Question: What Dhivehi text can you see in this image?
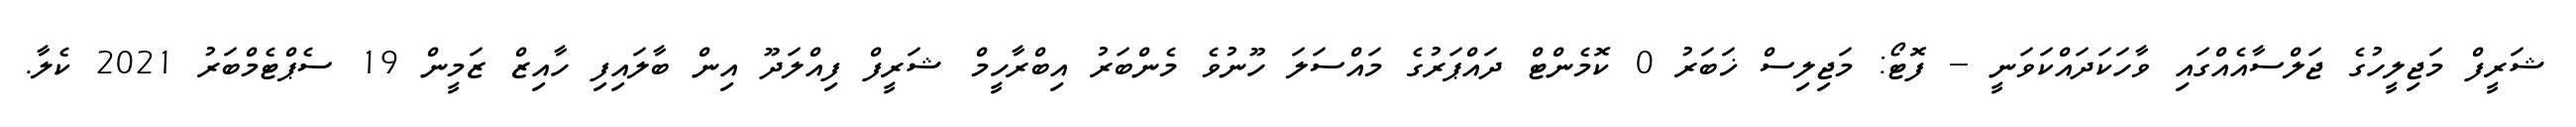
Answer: ޝަރީފް މަޖިލީހުގެ ޖަލްސާއެއްގައި ވާހަކަދައްކަވަނީ -- ފޮޓޯ: މަޖިލިސް ޚަބަރު 0 ކޮމެންޓް ދައްޕަރުގެ މައްސަލަ ހޫނުވެ މެންބަރު އިބްރާހީމް ޝަރީފް ފިއްލަދޫ އިން ބާލައިފި ހާއިޒް ޒަމީން 19 ސެޕްޓެމްބަރު 2021 ކެލާ.